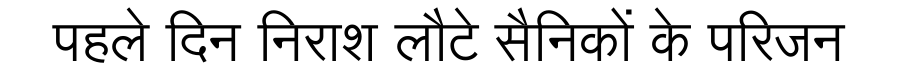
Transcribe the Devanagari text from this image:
पहले दिन निराश लौटे सैनिकों के परिजन